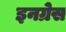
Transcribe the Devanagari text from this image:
इनग्रेस